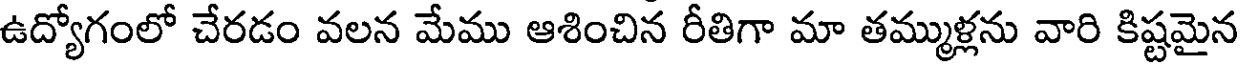
ఉద్యోగంలో చేరడం వలన మేము ఆశించిన రీతిగా మా తమ్ముళ్లను వారి కిష్టమైన